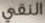
النقي